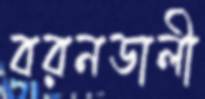
বরনডালী